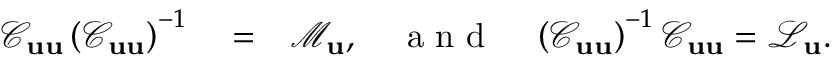
\begin{array} { r l r } { \mathcal { C } _ { \bf u u } \left( \mathcal { C } _ { \bf u u } \right) ^ { - 1 } } & { { } = } & { \mathcal { M } _ { \bf u } , \quad \mathrm { ~ a ~ n ~ d ~ } \quad \left( \mathcal { C } _ { \bf u u } \right) ^ { - 1 } \mathcal { C } _ { \bf u u } = \mathcal { L } _ { \bf u } . } \end{array}